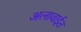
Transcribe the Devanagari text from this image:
अलावाईत